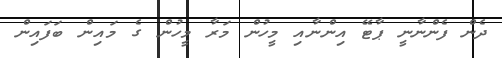
ދެން ފެންނާނީ ޕާޓޭ އިންނާއި މީހުން މަރާ މީހުން ގެ މައިން ބަފައިން